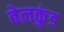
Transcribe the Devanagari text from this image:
बेलकुंड